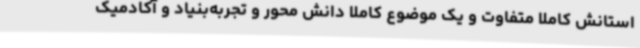
استانش کاملا متفاوت و یک موضوع کاملا دانش محور و تجربه‌بنیاد و آکادمیک